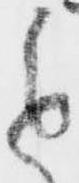
進